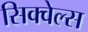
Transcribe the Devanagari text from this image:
सिक्वेल्स